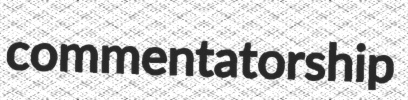
commentatorship